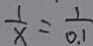
\frac { 1 } { x } = \frac { 1 } { 0 . 1 }